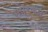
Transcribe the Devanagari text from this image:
सप्रकार